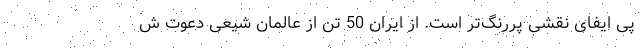
پی ایفای نقشی پررنگ‌تر است. از ایران 50 تَن از عالمان شیعی دعوت ش